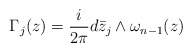
\begin{align*} \Gamma_j(z)=\frac{i}{2\pi} d\bar z_j \wedge\omega_{n-1}(z)\end{align*}